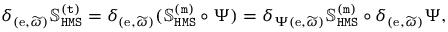
\delta _ { ( \mathrm { e } , \widetilde { \omega } ) } \mathbb { S } _ { \mathtt { H M S } } ^ { \mathtt { ( t ) } } = \delta _ { ( \mathrm { e } , \widetilde { \omega } ) } ( \mathbb { S } _ { \mathtt { H M S } } ^ { \mathtt { ( m ) } } \circ \Psi ) = \delta _ { \Psi ( \mathrm { e } , \widetilde { \omega } ) } \mathbb { S } _ { \mathtt { H M S } } ^ { \mathtt { ( m ) } } \circ \delta _ { ( \mathrm { e } , \widetilde { \omega } ) } \Psi ,